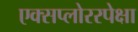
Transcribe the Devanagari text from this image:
एक्सप्लोररपेक्षा